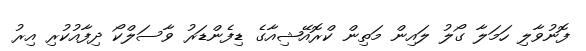
ފޮނުވާލި ހަމަލާ ގޯލު ލައިން މަތިން ކްރޮއޭޝިއާގެ ޑިފެންޑަރު ވާސަލްކޯ ދިފާއުކުރި އިރު